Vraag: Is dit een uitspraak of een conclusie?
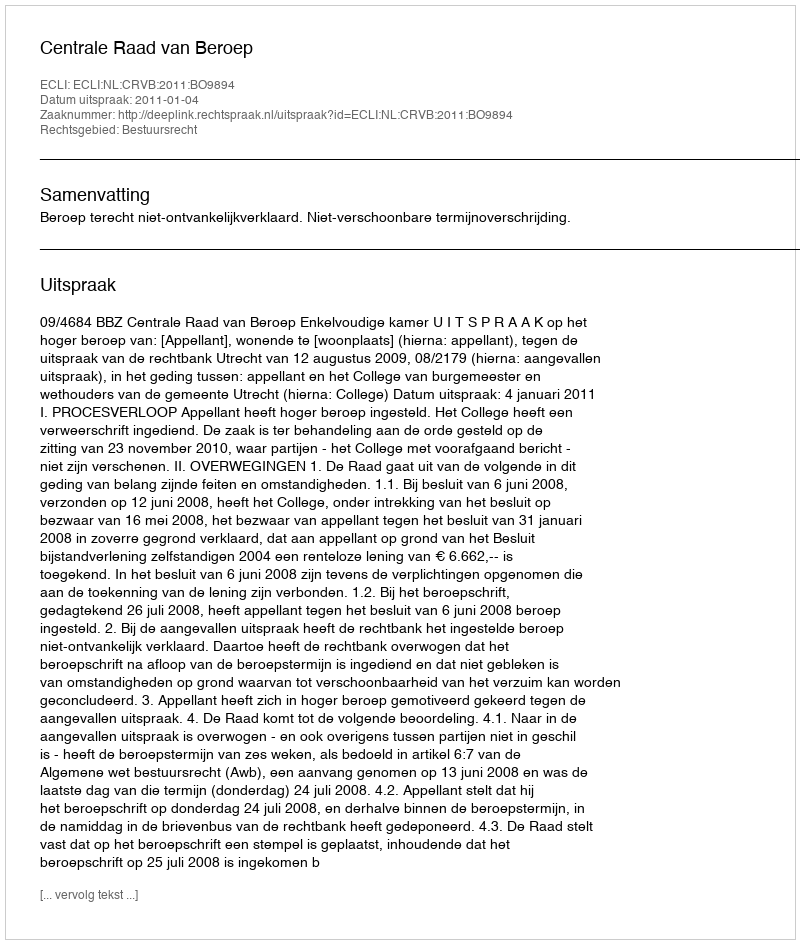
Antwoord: Uitspraak